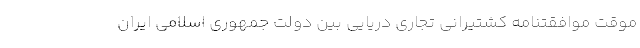
موقت موافقتنامه کشتیرانی تجاری دریایی بین دولت جمهوری اسلامی ایران